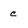
Character: c